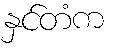
နှင်တံက